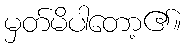
မှတ်မိပါတော့၏။